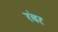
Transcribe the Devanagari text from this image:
रंबर